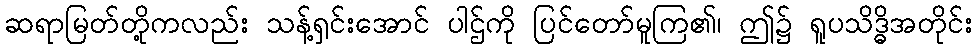
ဆရာမြတ်တို့ကလည်း သန့်ရှင်းအောင် ပါဌ်ကို ပြင်တော်မူကြ၏၊ ဤ၌ ရူပသိဒ္ဓိအတိုင်း